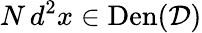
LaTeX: N\, d^{2}x\in\textrm{Den}(\mathcal{D})